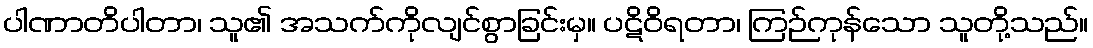
ပါဏာတိပါတာ၊ သူ၏ အသက်ကိုလျင်စွာခြင်းမှ။ ပဋိဝိရတာ၊ ကြဉ်ကုန်သော သူတို့သည်။